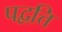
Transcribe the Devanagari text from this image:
पद्वत्ति